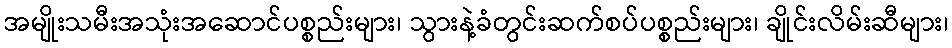
အမျိုးသမီးအသုံးအဆောင်ပစ္စည်းများ၊ သွားနဲ့ခံတွင်းဆက်စပ်ပစ္စည်းများ၊ ချိုင်းလိမ်းဆီများ၊